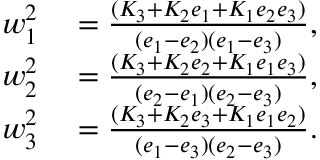
\begin{array} { r l } { w _ { 1 } ^ { 2 } } & { { } = \frac { ( K _ { 3 } + K _ { 2 } e _ { 1 } + K _ { 1 } e _ { 2 } e _ { 3 } ) } { ( e _ { 1 } - e _ { 2 } ) ( e _ { 1 } - e _ { 3 } ) } , } \\ { w _ { 2 } ^ { 2 } } & { { } = \frac { ( K _ { 3 } + K _ { 2 } e _ { 2 } + K _ { 1 } e _ { 1 } e _ { 3 } ) } { ( e _ { 2 } - e _ { 1 } ) ( e _ { 2 } - e _ { 3 } ) } , } \\ { w _ { 3 } ^ { 2 } } & { { } = \frac { ( K _ { 3 } + K _ { 2 } e _ { 3 } + K _ { 1 } e _ { 1 } e _ { 2 } ) } { ( e _ { 1 } - e _ { 3 } ) ( e _ { 2 } - e _ { 3 } ) } . } \end{array}